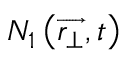
N _ { 1 } \left( \overrightarrow { r _ { \perp } } , t \right)